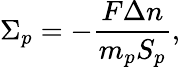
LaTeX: \Sigma_{p}=-\frac{F\Delta n}{m_{p}S_{p}},